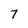
Character: 7